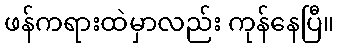
ဖန်ကရားထဲမှာလည်း ကုန်နေပြီ။